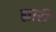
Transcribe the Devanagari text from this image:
ह्मारी